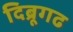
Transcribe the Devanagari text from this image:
दिब्रूगढ